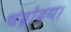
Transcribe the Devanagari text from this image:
चंद्रोदय।